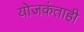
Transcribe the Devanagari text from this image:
योजकंताही